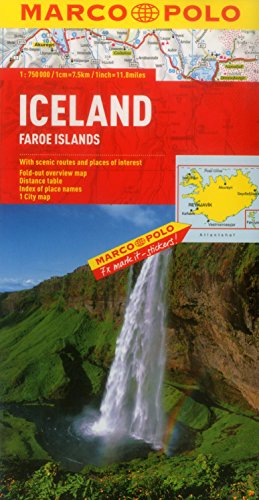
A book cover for Iceland Marco Polo Map (Marco Polo Maps); Marco Polo Travel; Travel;